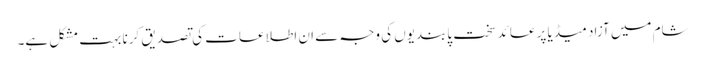
شام میں آزاد میڈیا پر عائد سخت پابندیوں کی وجہ سے ان اطلاعات کی تصدیق کرنا بہت مشکل ہے۔